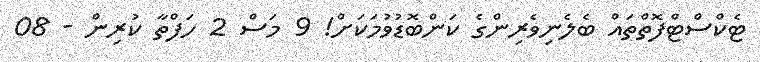
ޓެކްސްޓްފޮތްތައް ބެލެނިވެރިންގެ ކަންބޮޑުވުމަކަށް! 9 މަސް 2 ހަފްތާ ކުރިން - 08